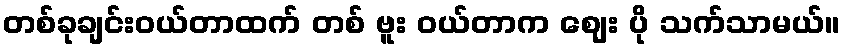
တစ်ခုချင်းဝယ်တာထက် တစ် ဗူး ဝယ်တာက ဈေး ပို သက်သာမယ်။